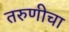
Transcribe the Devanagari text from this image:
तरुणीचा